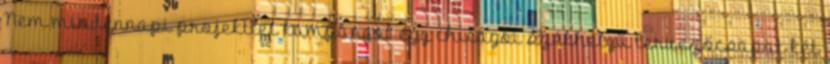
Nem mindennapi projekttel kampányol egy chicagói székhelyű tervezőcsapat két